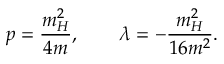
p = \frac { m _ { H } ^ { 2 } } { 4 m } , \quad \quad \lambda = - \frac { m _ { H } ^ { 2 } } { 1 6 m ^ { 2 } } .